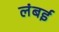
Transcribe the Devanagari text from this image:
लंबई